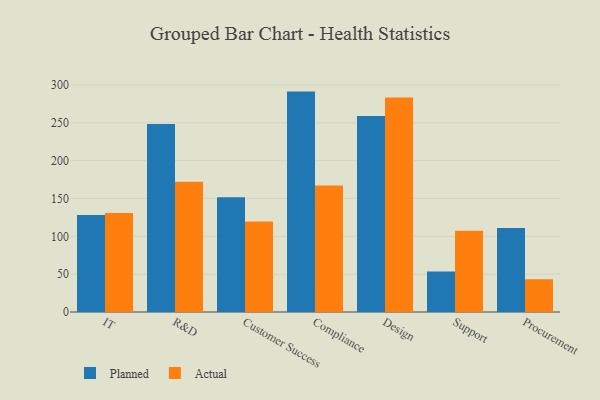
{"axis": {"x": "Department", "y": "Backlog"}, "legend": ["Actual", "Planned"], "data": [{"x": "IT", "y": 128.1, "type": "Planned"}, {"x": "IT", "y": 130.7, "type": "Actual"}, {"x": "R&D", "y": 248.4, "type": "Planned"}, {"x": "R&D", "y": 172.0, "type": "Actual"}, {"x": "Customer Success", "y": 151.5, "type": "Planned"}, {"x": "Customer Success", "y": 119.7, "type": "Actual"}, {"x": "Compliance", "y": 291.2, "type": "Planned"}, {"x": "Compliance", "y": 167.1, "type": "Actual"}, {"x": "Design", "y": 258.9, "type": "Planned"}, {"x": "Design", "y": 283.3, "type": "Actual"}, {"x": "Support", "y": 53.4, "type": "Planned"}, {"x": "Support", "y": 107.2, "type": "Actual"}, {"x": "Procurement", "y": 111.1, "type": "Planned"}, {"x": "Procurement", "y": 43.3, "type": "Actual"}]}